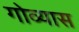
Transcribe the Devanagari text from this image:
गोव्यास